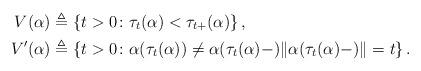
LaTeX: \begin{align*}V(\alpha) &\triangleq \left\{t >0 \colon \tau_{t} (\alpha) < \tau_{t+}(\alpha) \right\},\\V'(\alpha) &\triangleq \left\{ t > 0 \colon \alpha (\tau_t (\alpha)) \not = \alpha(\tau_t(\alpha)-) \|\alpha(\tau_t(\alpha) - )\| = t\right\}.\end{align*}